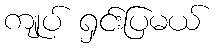
ကျုပ် ရှင်းပြမယ်